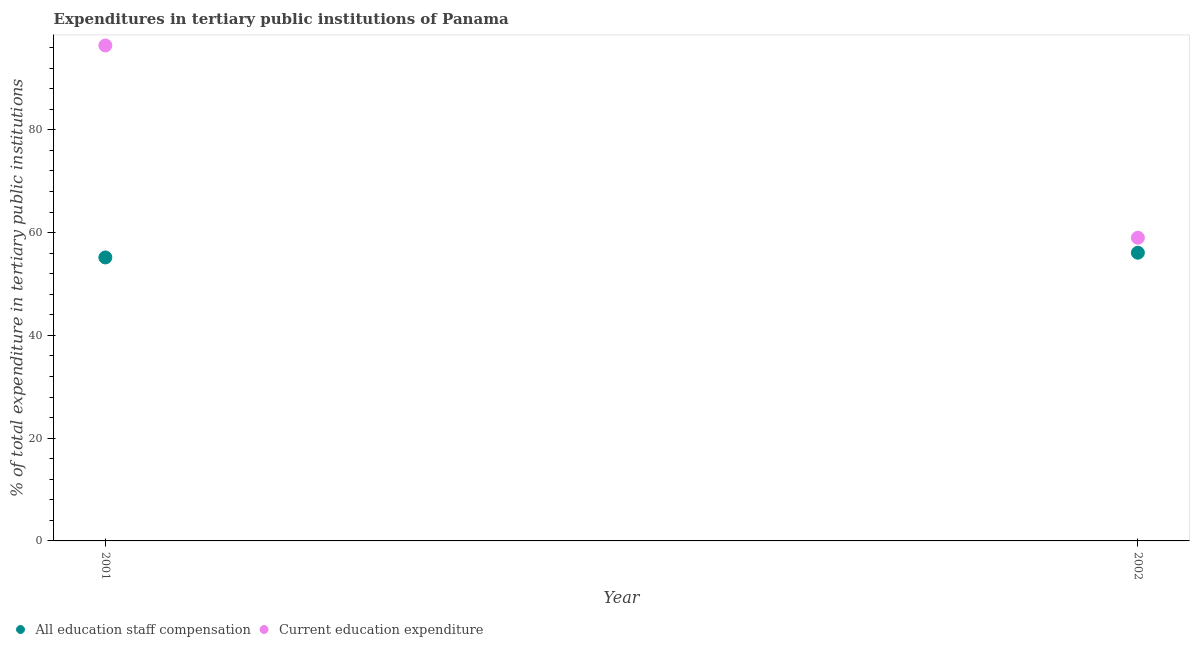
| Year | All education staff compensation | Current education expenditure |
 | --- | --- | --- |
 | 2001 | 55.2 | 96.4 |
 | 2002 | 56.1 | 59 |